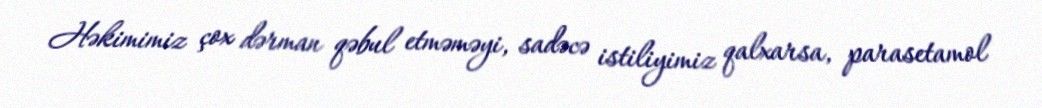
Həkimimiz çox dərman qəbul etməməyi, sadəcə istiliyimiz qalxarsa, parasetamol